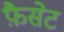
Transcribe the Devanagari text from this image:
फ़ैसेट